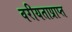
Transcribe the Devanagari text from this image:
वरीयताप्राप्त